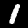
Digit: 1